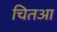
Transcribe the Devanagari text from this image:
चितआ